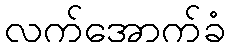
လက်အောက်ခံ